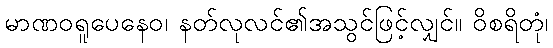
မာဏဝရူပေနေဝ၊ နတ်လုလင်၏အသွင်ဖြင့်လျှင်။ ဝိစရိတုံ၊